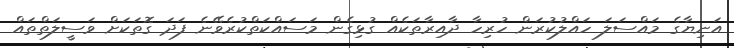
އަނިޔާގެ މައްސަލަ ހައްލުކުރަން ހުރިހާ ދާއިރާތަކެއް ގުޅިގެން މަސައްކަތްކުރެވޭނެ ފަދަ ގޮތަކަށް ވަސީލަތްތައް